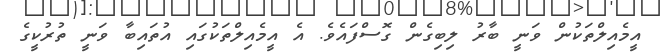
އީމެއިލްތަކުން ވަނީ ބާރު ލިބިގެން ގޮސްފައެވެ. އެ އީމެއިލްތަކުގައި އުތައިބާ ވަނީ ތުރުކީގެ